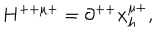
H ^ { + + \mu + } = \partial ^ { + + } x _ { h } ^ { \mu + } ,